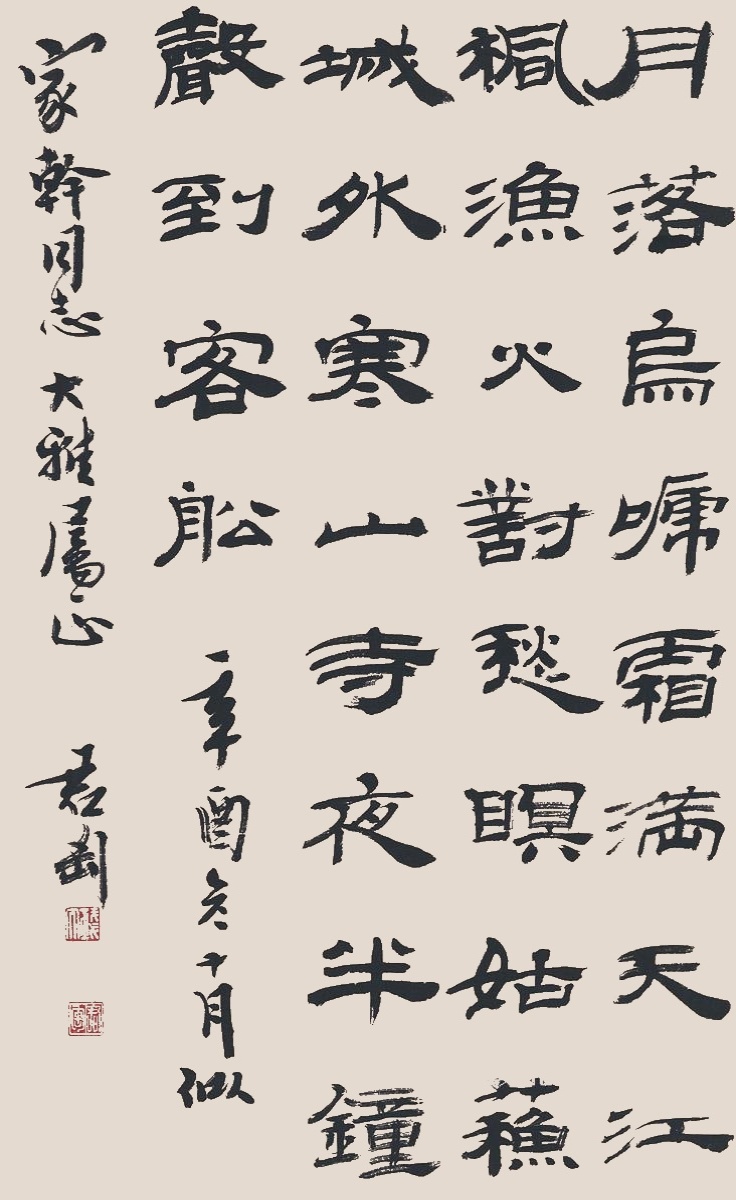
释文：月落乌啼霜满天，江枫渔火对愁瞑。姑苏城外寒山寺，夜半钟声到客船。辛酉冬十月似家干同志大雅属正。君匋。